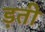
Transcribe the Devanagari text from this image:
ड़ती